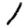
Digit: 1